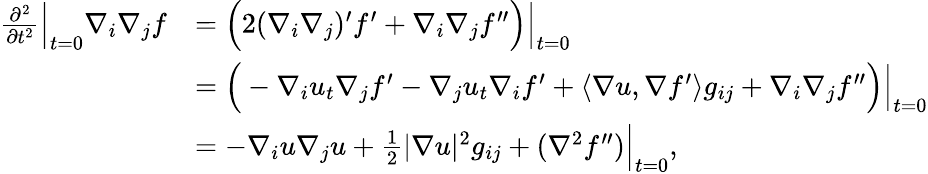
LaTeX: \begin{array}{rl}{\frac{\partial^{2}}{\partial t^{2}}\Big|_{t=0}\nabla_{i}\nabla_{j}f}&{=\Big(2(\nabla_{i}\nabla_{j})^{\prime}f^{\prime}+\nabla_{i}\nabla_{j}f^{\prime\prime}\Big)\Big|_{t=0}}\\ &{=\Big(-\nabla_{i}u_{t}\nabla_{j}f^{\prime}-\nabla_{j}u_{t}\nabla_{i}f^{\prime}+\langle\nabla u,\nabla f^{\prime}\rangle g_{ij}+\nabla_{i}\nabla_{j}f^{\prime\prime}\Big)\Big|_{t=0}}\\ &{=-\nabla_{i}u\nabla_{j}u+\frac{1}{2}|\nabla u|^{2}g_{ij}+(\nabla^{2}f^{\prime\prime})\Big|_{t=0},}\end{array}